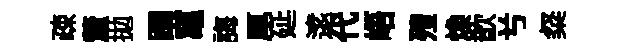
疎釐拋躅𥧄誨厚延逺代峿殪焕歆𠔃粲